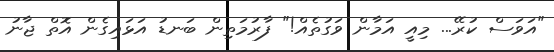
"އަވަސް ކުރޭ... މިއީ އަމާން ވަގުތެއް!" ފާރުމަތިން ބަނޑު އަޅައިގެން އޮތް ޖާނު